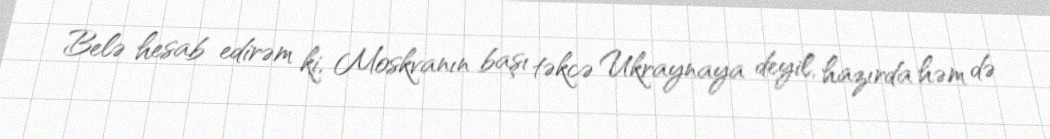
Belə hesab edirəm ki, Moskvanın başı təkcə Ukraynaya deyil, hazırda həm də